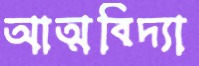
আত্মবিদ্যা